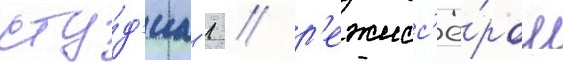
сту́д'иа -1 / р'ежисс'ё́ром